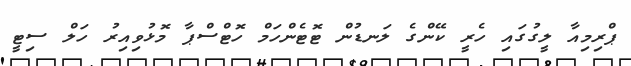
ޕްރިމިއާ ލީގުގައި ހެރީ ކޭންގެ ލަނޑުން ޓޮޓެންހަމް ހޮޓްސްޕާ މޮޅުވިއިރު ހަލް ސިޓީ